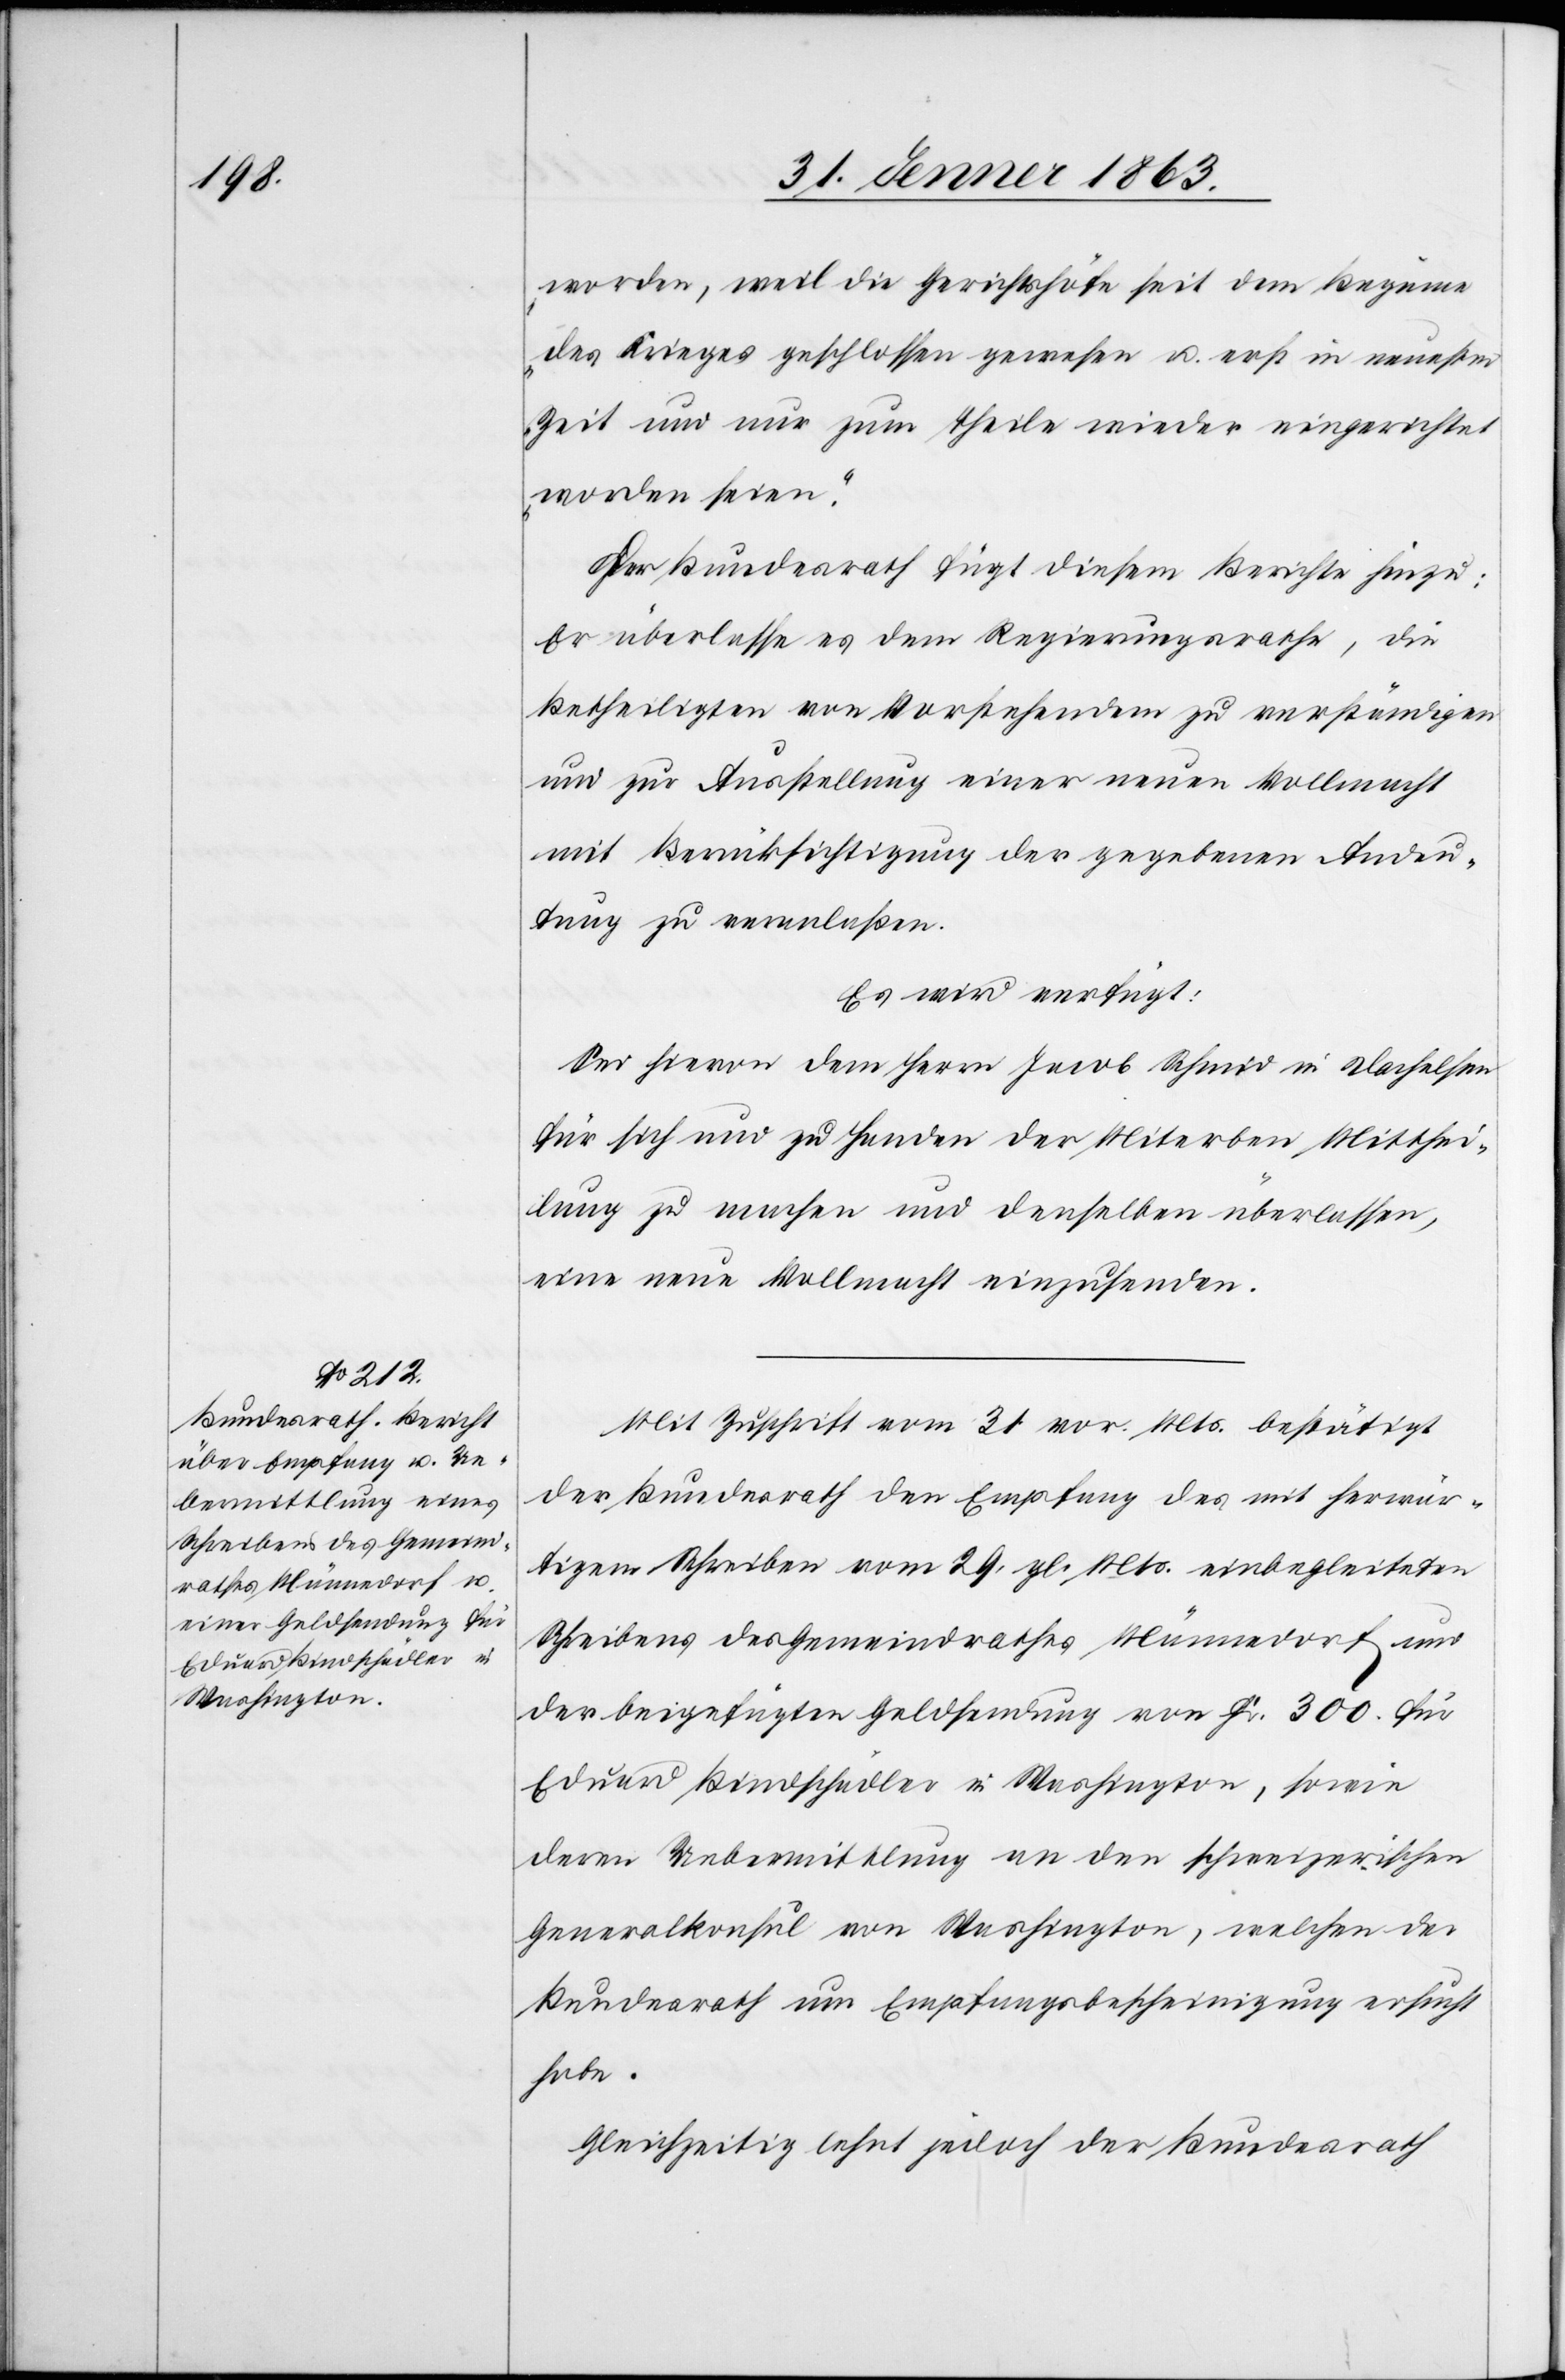
worden, weil die Gerichtshöfe seit dem Beginne
des Krieges geschlossen gewesen u. erst in neuester
Zeit und nur zum Theile wieder eingerichtet
worden seien.“
Der Bundesrath fügt diesem Berichte hinzu:
Er überlasse es dem Regierungsrathe, die
Betheiligten von Vorstehendem zu verständigen
und zur Ausstellung der gegebenen Andeutung
Es wird verfügt:
Sei hievon dem Herrn Jacob Schmid in Dachelsen
für sich und zu Handen der Miterben Mitthei¬
lung zu machen und denselben überlassen,
eine neue Vollmacht einzusenden.
Mit Zuschrift vom 31. vor. Mts. bestätigt
der Bundesrath den Empfang des mit herwär¬
tigem Schreiben vom 29. gl. Mts. einbegleiteten
Schreibens des Gemeindrathes Männedorf und
der beigefügten Geldsendung von Fr. 300. für
Eduard Bindschädler in Washington, sowie
deren Uebermittlung an den schweizerischen
Generalkonsul von Washington, welchen der
Bundesrath um Empfangsbescheinigung ersucht
habe.
Gleichzeitig lehnt jedoch der Bundesrath